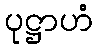
ပုဋ္ဌာဟံ